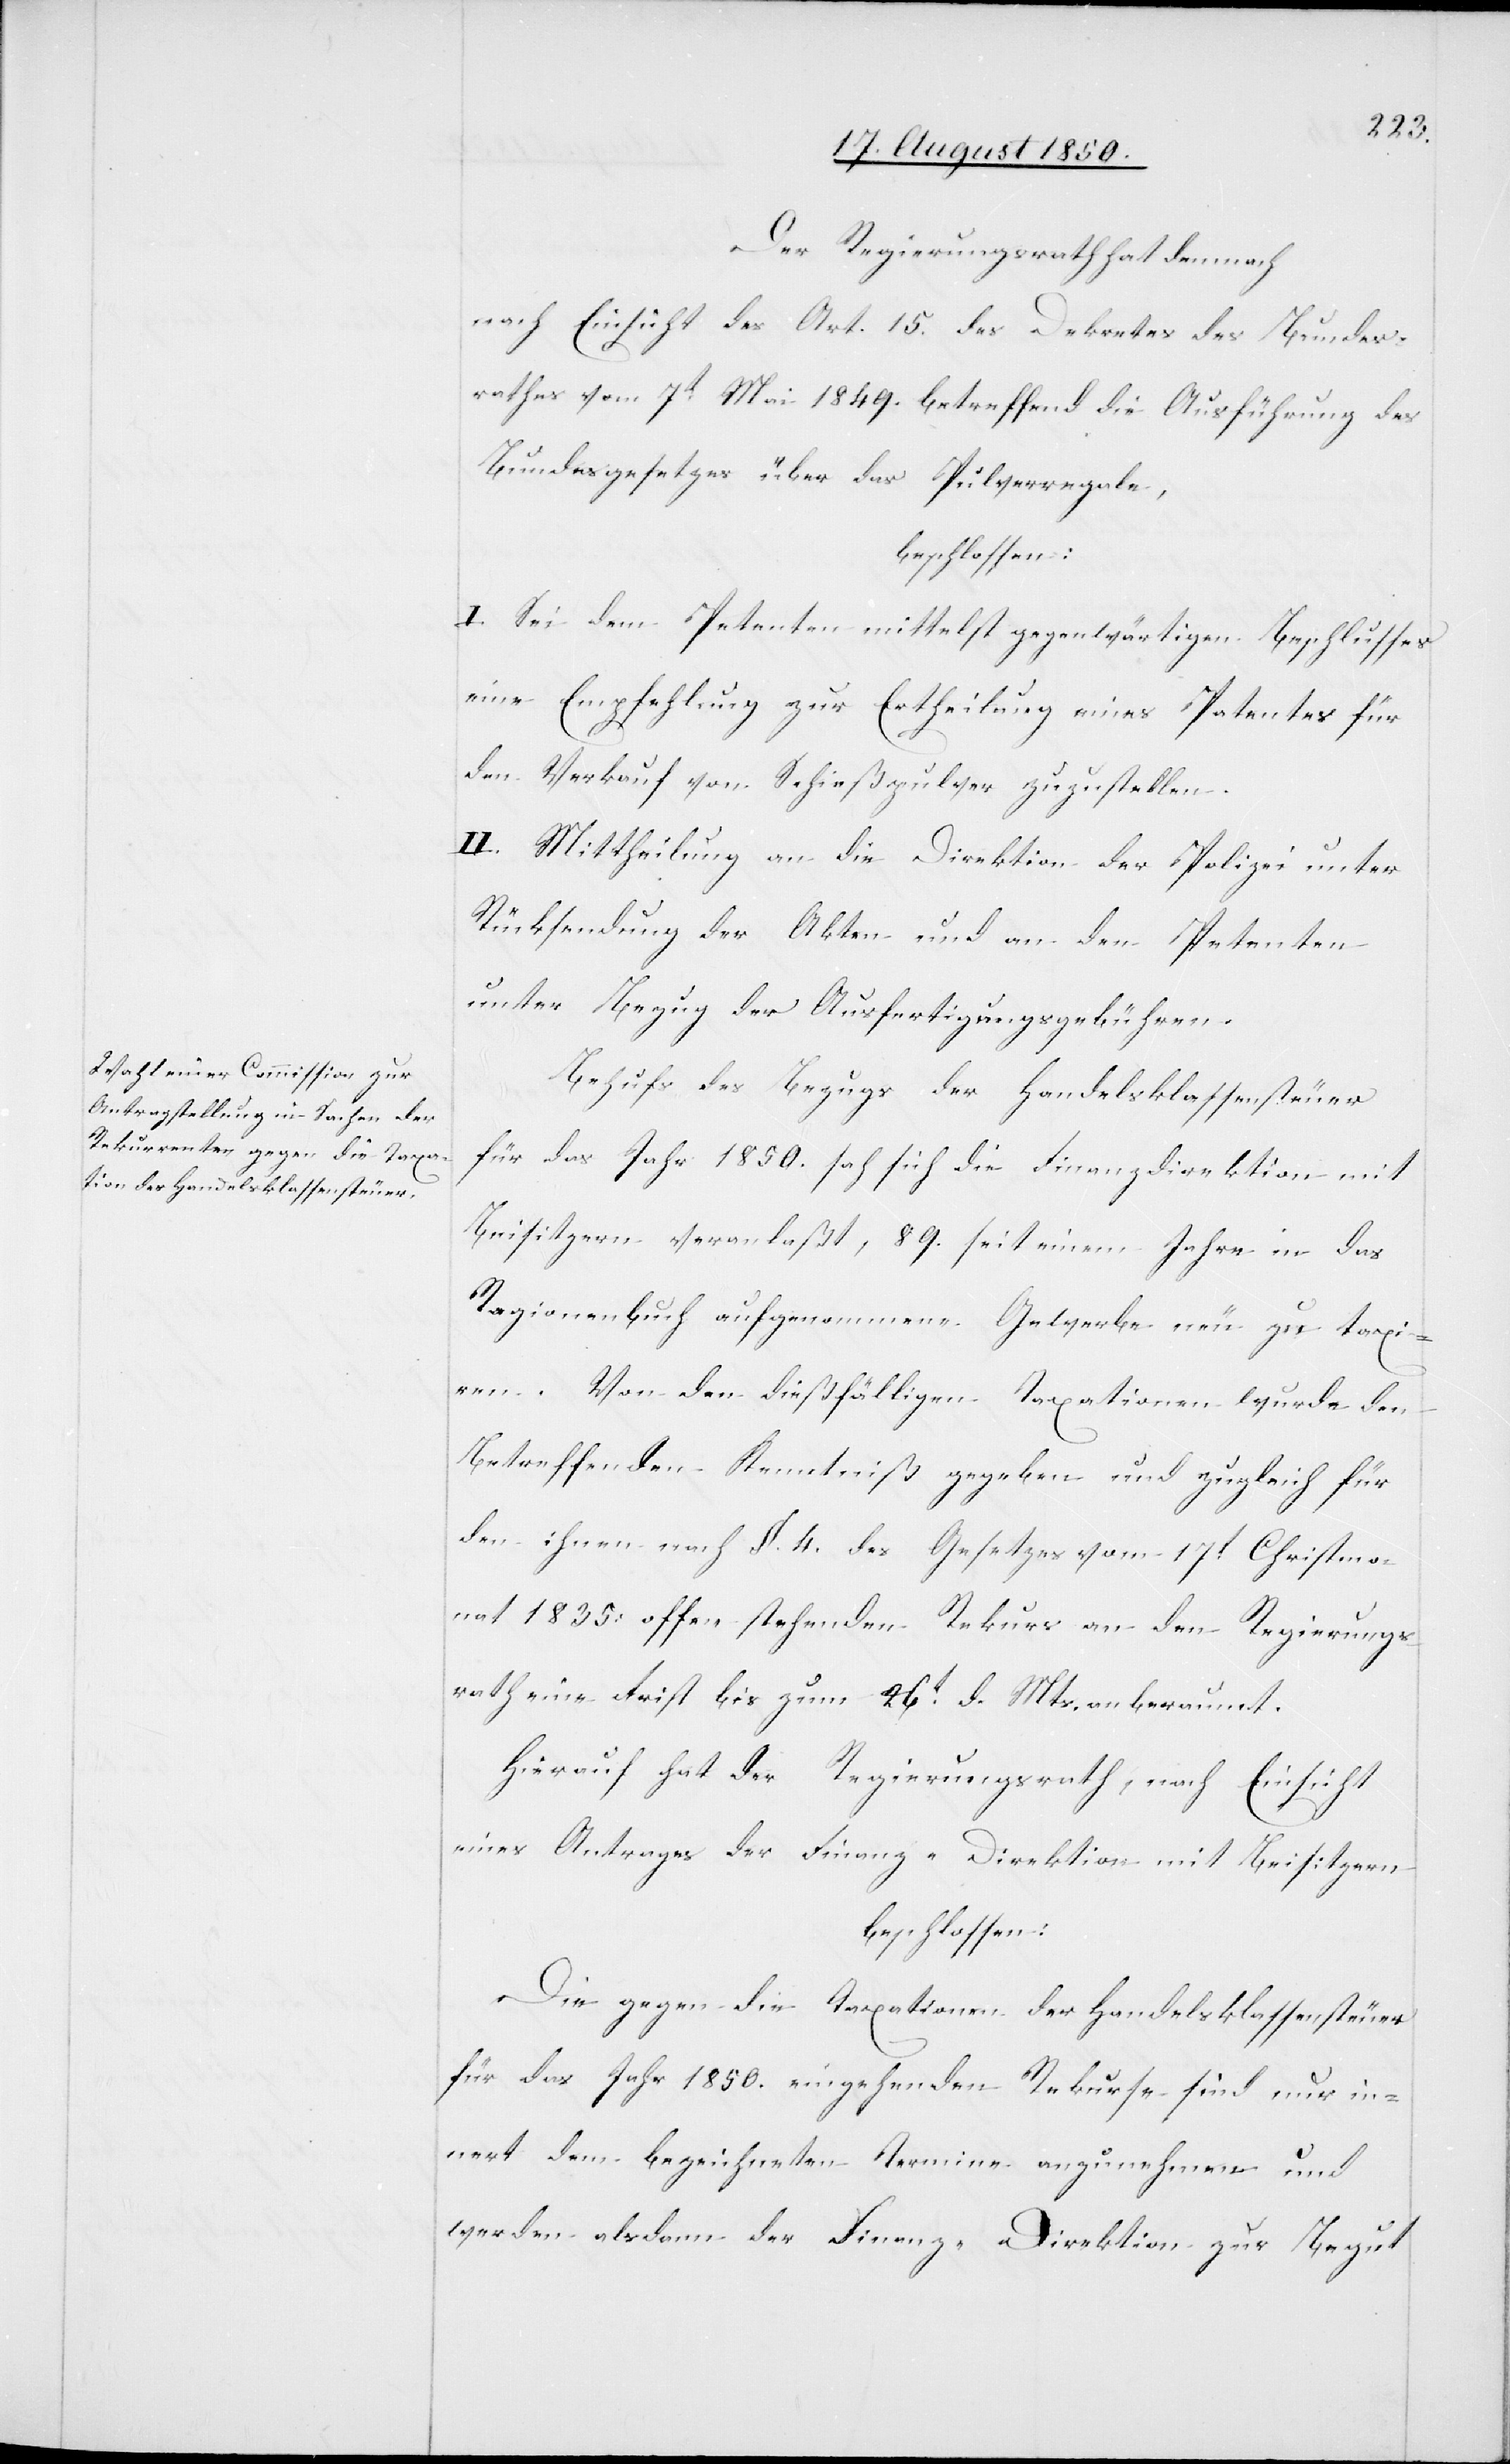
Der Regierungsrath hat demnach
nach Einsicht des Art. 15. des Dekretes des Bundes¬
rathes vom 7t Mai 1849. betreffend die Ausführung des
Bundesgesetzes über das Pulverregale,
beschlossen:
I. Sei dem Petenten mittelst gegenwärtigen Beschlusses
eine Empfehlung zur Ertheilung eines Patentes für
den Verkauf von Schießpulver zuzustellen.
II. Mittheilung an die Direktion der Polizei unter
Rücksendung der Akten und an den Petenten
unter Bezug der Ausfertigungsgebühren.
Behufs des Bezugs der Handelsklassensteuer
für das Jahr 1850. sah sich die Finanzdirektion mit
Beisitzern veranlaßt, 89. seit einem Jahre in das
Ragionenbuch aufgenommene Gewerbe neu zu taxi¬
ren. Von den dießfälligen Taxationen wurde den
Betreffenden Kenntniß gegeben und zugleich für
den ihnen nach §. 4. des Gesetzes vom 17t Christmo¬
nat 1835. offen stehenden Rekurs an den Regierungs¬
rath eine Frist bis zum 26t d. Mts anberaumt.
Hierauf hat der Regierungsrath, nach Einsicht
eines Antrages der Finanz-Direktion mit Beisitzern
beschlossen:
Die gegen die Taxationen der Handelsklassensteuer
für das Jahr 1850. eingehenden Rekurse sind nur in¬
nert dem bezeichneten Termine anzunehmen und
werden alsdann der Finanz-Direktion zur Begut-